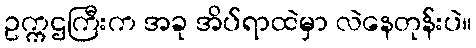
ဥက္ကဌကြီးက အခု အိပ်ရာထဲမှာ လဲနေတုန်းပဲ။